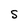
Character: S